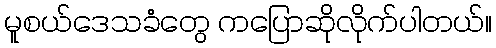
မူစယ်ဒေသခံတွေ ကပြောဆိုလိုက်ပါတယ်။